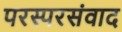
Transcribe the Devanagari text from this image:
परस्परसंवाद